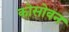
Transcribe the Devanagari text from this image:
कोसोवन